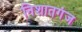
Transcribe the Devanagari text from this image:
निशातगंज